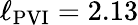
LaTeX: \ell_{\mathrm{PVI}}=2.13